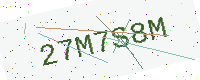
Text: 27M7S8M